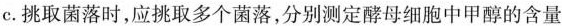
C.挑取菌落时，应挑取多个菌落，分别测定酵母细胞中甲醇的含量